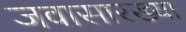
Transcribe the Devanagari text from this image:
जवासारख्या